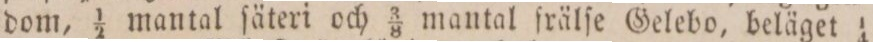
dom, 1/2 mantal ſäteri och 3/8 mantal frälſe Gelebo, beläget 1/4